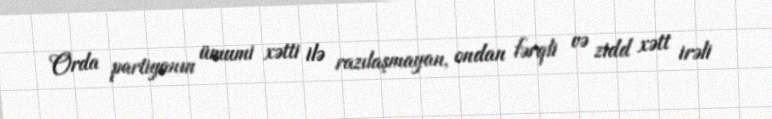
Orda partiyanın ümumi xətti ilə razılaşmayan, ondan fərqli və zidd xətt irəli